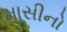
માસીનો